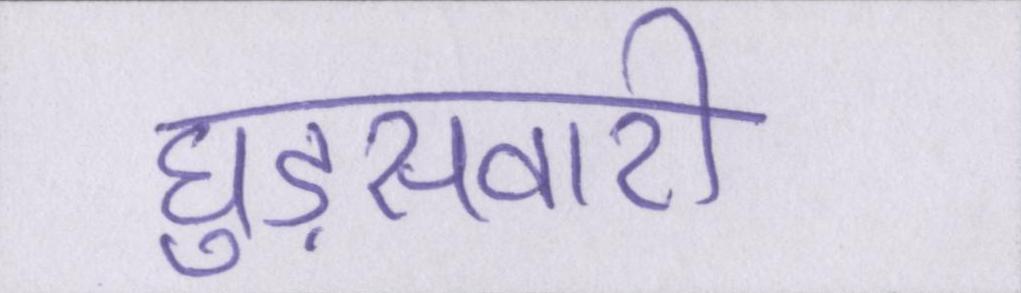
घुड़सवारी